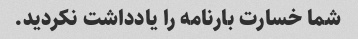
شما خسارت بارنامه را یادداشت نکردید.